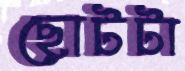
ছোটটা